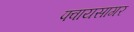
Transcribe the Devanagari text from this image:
फ्वायसागर